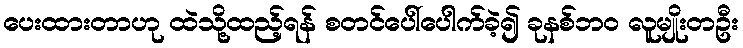
ပေးထားတာဟု ထဲသို့ထည့်ရန် စတင်ပေါ်ပေါက်ခဲ့၍ ခုနစ်ဘ၀ လူမျိုးတဦး